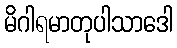
မိဂါရမာတုပါသာဒေါ